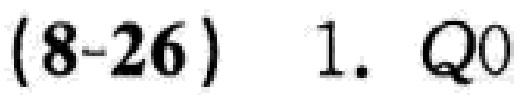
(8-26) 1. $Q0$